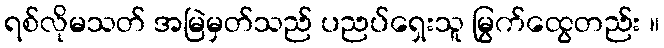
ရစ်လိုမသတ် အမြဲမှတ်သည် ပညပ်ရှေးသူ မြွက်ထွေတည်း ။